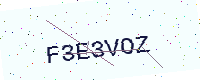
Text: F3E3VOZ